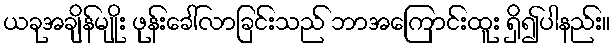
ယခုအချိန်မျိုး ဖုန်းခေါ်လာခြင်းသည် ဘာအကြောင်းထူး ရှိ၍ပါနည်း။